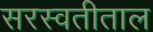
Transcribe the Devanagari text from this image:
सरस्वतीताल